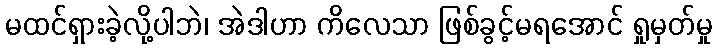
မထင်ရှားခဲ့လို့ပါဘဲ၊ အဲဒါဟာ ကိလေသာ ဖြစ်ခွင့်မရအောင် ရှုမှတ်မှု